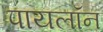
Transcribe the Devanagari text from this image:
पायलॉन